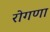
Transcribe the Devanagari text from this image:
रोगणा